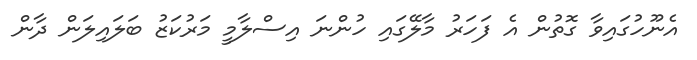
އެނޫހުގައިވާ ގޮތުން އެ ފަހަރު މާލޭގައި ހުންނަ އިސްލާމީ މަރުކަޒު ބަލައިލަން ދާން